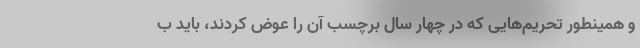
و همینطور تحریم‌هایی که در چهار سال برچسب آن را عوض کردند، باید ب